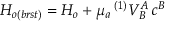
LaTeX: { \cal H } _ { o ( b r s t ) } = { \cal H } _ { o } + \mu _ { a } \, { } ^ { ( 1 ) } V _ { B } ^ { A } \, c ^ { B }